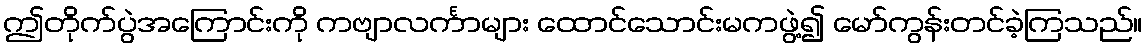
ဤတိုက်ပွဲအကြောင်းကို ကဗျာလင်္ကာများ ထောင်သောင်းမကဖွဲ့၍ မော်ကွန်းတင်ခဲ့ကြသည်။